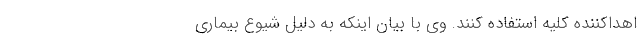
اهداکننده کلیه استفاده کنند. وی با بیان اینکه به دلیل شیوع بیماری